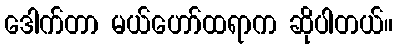
ဒေါက်တာ မယ်ဟော်ထရာက ဆိုပါတယ်။